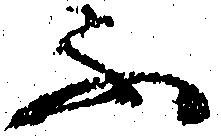
ふ